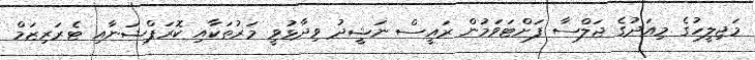
މަޖިލީހުގެ މިއަދުގެ ޖަލްސާ ފަށްޓަވަމުން ރައީސް ނަޝީދު ވިދާޅުވީ މަރުތަކާއި ކޮރަޕްޝަނާއި ޓެރަރިޒަމް